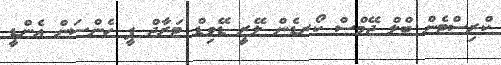
ކްރިސްޓެން ބްލް ޖޭމްސް ކޯރޑެން ލޭރީ ޑޭވިޑް ޓަރާޖް ޕީ ހެންސަން އެންޑީ